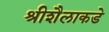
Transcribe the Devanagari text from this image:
श्रीशैलाकडे